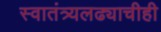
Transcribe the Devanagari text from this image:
स्वातंत्र्यलढ्याचीही